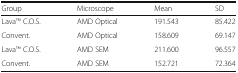
<table><thead><tr><td><b>Group</b></td><td><b>Microscope</b></td><td><b>Mean</b></td><td><b>SD</b></td></tr></thead><tbody><tr><td>LavaTM C.O.S.</td><td>AMD Optical</td><td>191.543</td><td>85.422</td></tr><tr><td>Convent.</td><td>AMD Optical</td><td>158.609</td><td>69.147</td></tr><tr><td>LavaTM C.O.S.</td><td>AMD SEM</td><td>211.600</td><td>96.557</td></tr><tr><td>Convent.</td><td>AMD SEM</td><td>152.721</td><td>72.364</td></tr></tbody></table>